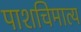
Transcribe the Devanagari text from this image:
पाशचिमात्य